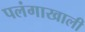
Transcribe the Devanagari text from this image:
पलंगाखाली